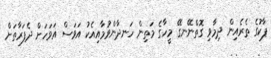
ޕާކުގެ ތެރެއިން ދިމާވި ގޮތްނޭނގޭ މީހާގެ މަތިން ހަނދާންވުމާއިއެކު އަވަސް އަވަހަށް ދެފަރާތަށް